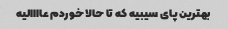
بهترین پای سیبیه که تا حالا خوردم عاااالیه